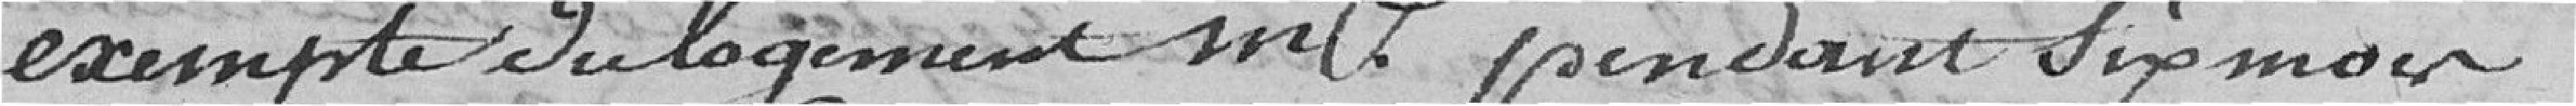
exempté du logement  même pendant six mois ;